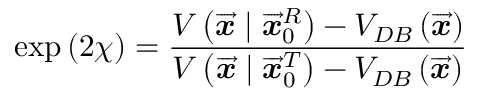
\exp \left( 2 \chi \right) = \frac { V \left( \overrightarrow { \mathbfit { x } } \mid \overrightarrow { \mathbfit { x } } _ { 0 } ^ { R } \right) - V _ { D B } \left( \overrightarrow { \mathbfit { x } } \right) } { V \left( \overrightarrow { \mathbfit { x } } \mid \overrightarrow { \mathbfit { x } } _ { 0 } ^ { T } \right) - V _ { D B } \left( \overrightarrow { \mathbfit { x } } \right) }